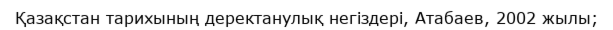
Қазақстан тарихының деректанулық негіздері, Атабаев, 2002 жылы;